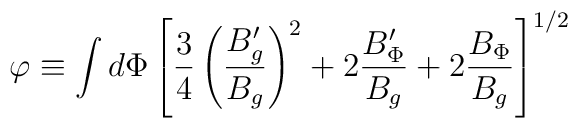
\varphi \equiv \int d\Phi \left[ {3\over 4}\left({B'_g\over B_g}\right)^2 + 2 {B'_\Phi\over B_g} + 2 {B_\Phi\over B_g}  \right]^{1/2}